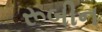
રૂબીન